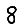
Digit: 8